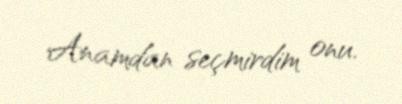
Anamdan seçmirdim onu.